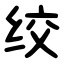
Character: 绞